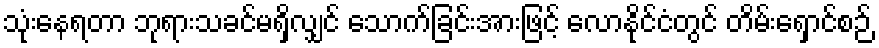
သုံးနေရတာ ဘုရားသခင်မရှိလျှင် သောက်ခြင်းအားဖြင့် လောနိုင်ငံတွင် တိမ်းရှောင်စဉ်